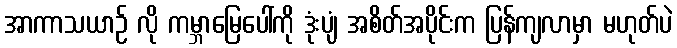
အာကာသယာဉ် လို ကမ္ဘာမြေပေါ်ကို ဒုံးပျံ အစိတ်အပိုင်းက ပြန်ကျလာမှာ မဟုတ်ပဲ